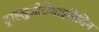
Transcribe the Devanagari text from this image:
ट्राइलुओरोथाइमिडिन